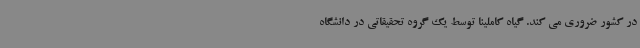
در کشور ضروری می کند. گیاه کاملینا توسط یک گروه تحقیقاتی در دانشگاه